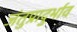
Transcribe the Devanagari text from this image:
जंतुप्रादुर्भाव